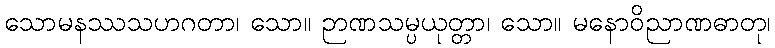
သောမနဿသဟဂတာ၊ သော။ ဉာဏသမ္ပယုတ္တာ၊ သော။ မနောဝိညာဏဓာတု၊